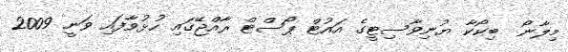
މިލާނޯ  ބިކޯކާ ޔުނިވާސިޓީގެ އައުޓް ޕޯސްޓް ރާއްޖޭގައި ހުޅުވާފައި ވަނީ 2009